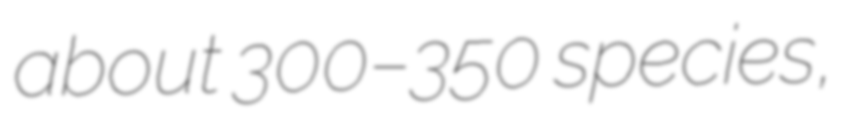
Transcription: about 300–350 species,